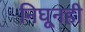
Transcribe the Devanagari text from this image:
निघूनही